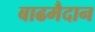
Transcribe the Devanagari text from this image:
बाढमैदान